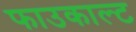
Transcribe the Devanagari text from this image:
फाउकाल्ट